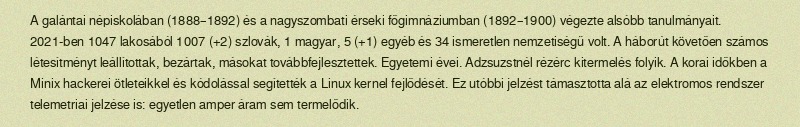
A galántai népiskolában (1888–1892) és a nagyszombati érseki főgimnáziumban (1892–1900) végezte alsóbb tanulmányait. 2021-ben 1047 lakosából 1007 (+2) szlovák, 1 magyar, 5 (+1) egyéb és 34 ismeretlen nemzetiségű volt. A háborút követően számos létesítményt leállítottak, bezártak, másokat továbbfejlesztettek. Egyetemi évei. Adzsuzstnél rézérc kitermelés folyik. A korai időkben a Minix hackerei ötleteikkel és kódolással segítették a Linux kernel fejlődését. Ez utóbbi jelzést támasztotta alá az elektromos rendszer telemetriai jelzése is: egyetlen amper áram sem termelődik.